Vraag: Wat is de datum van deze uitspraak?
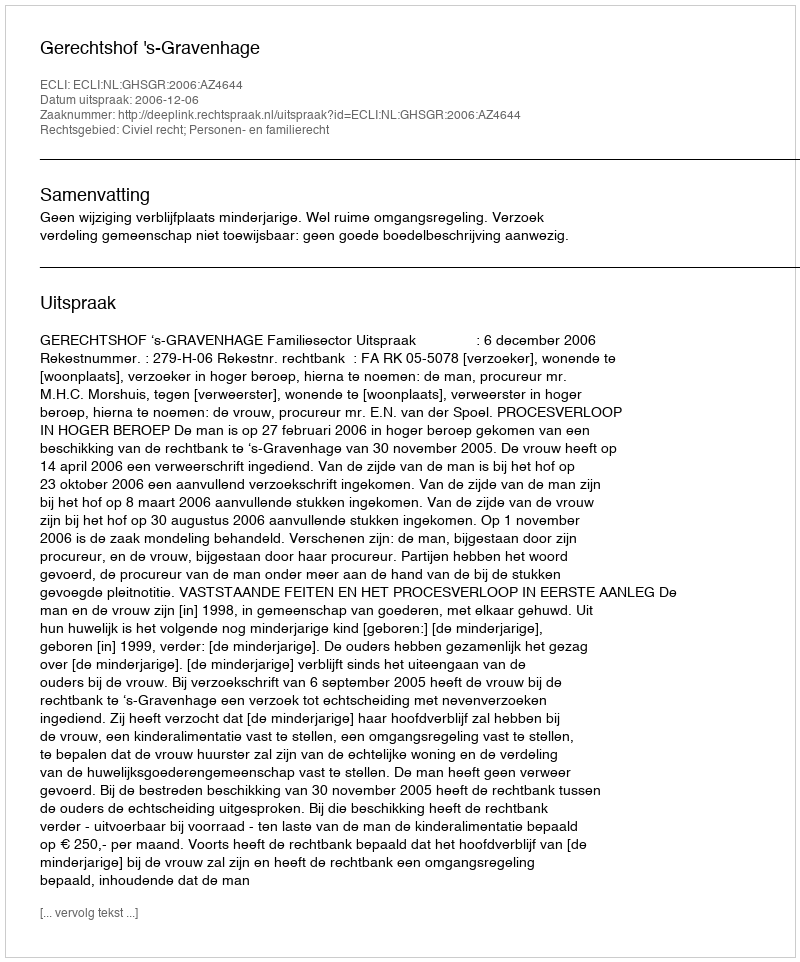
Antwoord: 2006-12-06